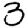
Digit: 3